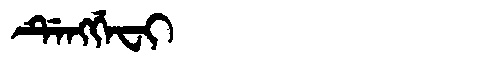
Manchu: ᡩᡝᠩᡤᡝᠸᡳ
Romanization: DENGGEFI